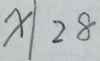
x \vert 2 8